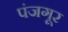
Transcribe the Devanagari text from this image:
पंजगूर